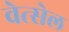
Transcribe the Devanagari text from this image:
वेत्सेल